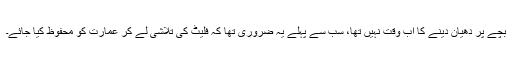
بچے پر دھیان دینے کا اب وقت نہیں تھا، سب سے پہلے یہ ضروری تھا کہ فلیٹ کی تلاشی لے کر عمارت کو محفوظ کیا جائے۔